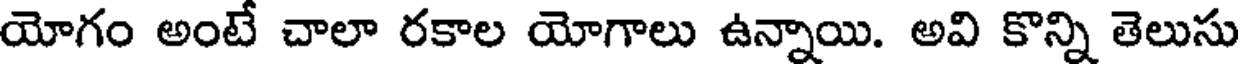
యోగం అంటే చాలా రకాల యోగాలు ఉన్నాయి. అవి కొన్ని తెలుసు